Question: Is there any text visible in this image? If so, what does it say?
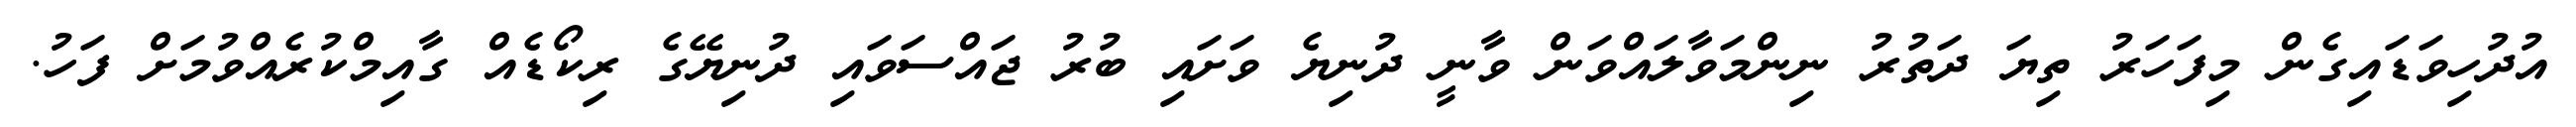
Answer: އުދުހިވަޑައިގެން މިފަހަރު ތިޔަ ދަތުރު ނިންމަވާލައްވަން ވާނީ ދުނިޔެ ވަށައި ބުރު ޖައްސަވައި ދުނިޔޭގެ ރިކޯޑެއް ގާއިމްކުރެއްވުމަށް ފަހު.